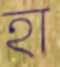
হা